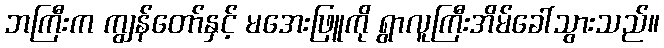
ဘကြီးက ကျွန်တော်နှင့် မအေးဖြူကို ရွာလူကြီးအိမ်ခေါ်သွားသည်။